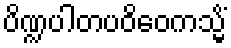
ပိဏ္ဍပါတပဝိဝေကသ္မိံ